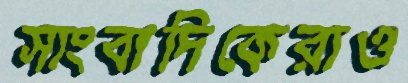
সাংবাদিকেরাও